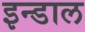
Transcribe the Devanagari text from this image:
इन्डाल